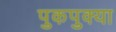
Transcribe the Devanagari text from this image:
पुकपुक्या